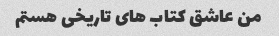
من عاشق کتاب های تاریخی هستم